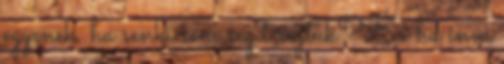
egyenek, ha senki sem segít rajtuk? És ha inni